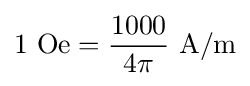
1{\text{ Oe}}={\frac {1000}{4\pi }}~{\text{A}}/{\text{m}}